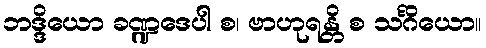
ဘဒ္ဒိယော ခဏ္ဍဒေပါ စ၊ ဗာဟုရန္တိ စ သင်္ဂိယော။